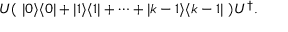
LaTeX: U ( \ | 0 \rangle \langle 0 | + | 1 \rangle \langle 1 | + \cdots + | k - 1 \rangle \langle k - 1 | \ ) U ^ { \dagger } .